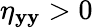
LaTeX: \eta_{\mathbf{y}\mathbf{y}}>0